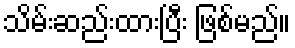
သိမ်းဆည်းထားပြီး ဖြစ်မည်။